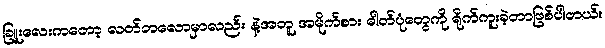
ခြူးလေးကတော့ လတ်တလောမှာလည်း နဲ့အတူ အမိုက်စား ဓါတ်ပုံတွေကို ရိုက်ကူးခဲ့တာဖြစ်ပါတယ်။